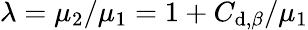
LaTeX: \lambda=\mu_{2}/\mu_{1}=1+C_{\mathrm{d},\beta}/\mu_{1}